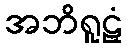
အဘိရူဠှံ